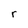
Character: r